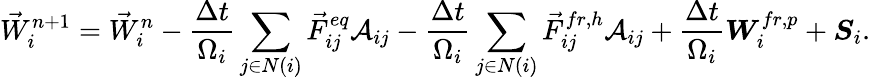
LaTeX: {\vec{W}}_{i}^{n+1}={\vec{W}}_{i}^{n}-\frac{\Delta t}{\Omega_{i}}\sum_{j\in N(i)}{\vec{F}}_{ij}^{eq}{\cal A}_{ij}-\frac{\Delta t}{\Omega_{i}}\sum_{j\in N(i)}{\vec{F}}_{ij}^{fr,h}{\cal A}_{ij}+\frac{\Delta t}{\Omega_{i}}\boldsymbol{W}_{i}^{fr,p}+\boldsymbol{S}_{i}.